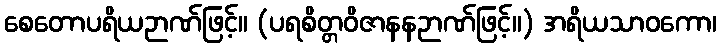
စေတောပရိယဉာဏ်ဖြင့်။ (ပရစိတ္တဝိဇာနနဉာဏ်ဖြင့်။) အရိယသာဝကော၊